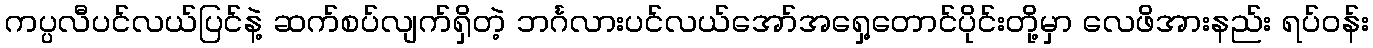
ကပ္ပလီပင်လယ်ပြင်နဲ့ ဆက်စပ်လျက်ရှိတဲ့ ဘင်္ဂလားပင်လယ်အော်အရှေ့တောင်ပိုင်းတို့မှာ လေဖိအားနည်း ရပ်ဝန်း